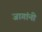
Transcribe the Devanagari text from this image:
जागांनी